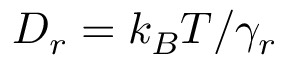
D _ { r } = k _ { B } T / \gamma _ { r }